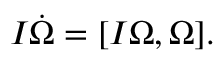
\begin{array} { r } { I \dot { \boldsymbol \Omega } = [ I { \boldsymbol \Omega } , { \boldsymbol \Omega } ] . } \end{array}